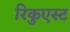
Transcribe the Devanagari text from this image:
रिकुएस्ट